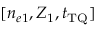
[ n _ { e 1 } , Z _ { 1 } , t _ { \mathrm { T Q } } ]